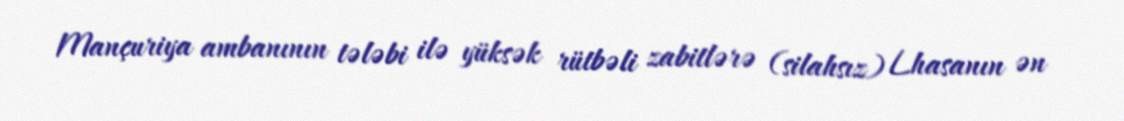
Mançuriya ambanının tələbi ilə yüksək rütbəli zabitlərə (silahsız) Lhasanın ən